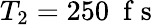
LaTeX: T_{2}=250~\mathrm{~f~s~}